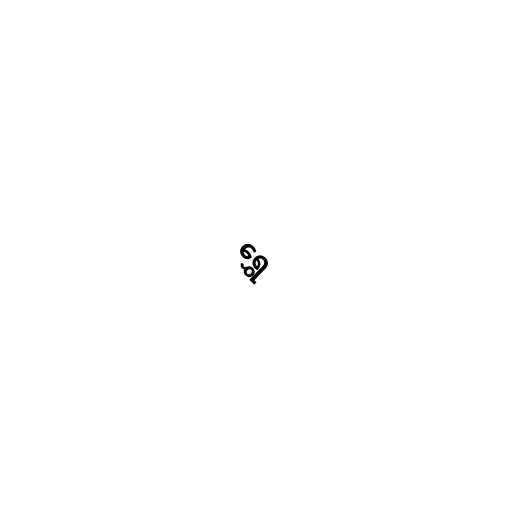
ရွှေ